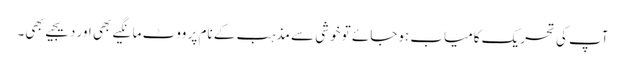
آپ کی تحریک کامیاب ہوجائے تو خوشی سے مذہب کے نام پر ووٹ مانگیے بھی اور دیجیے بھی۔